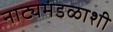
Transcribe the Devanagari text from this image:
नाट्यमंडळाशी